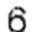
6